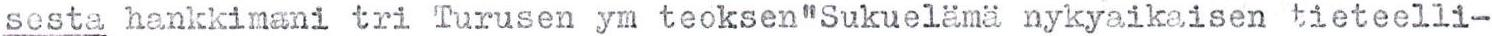
sesta hankkimani tri Turusen ym teoksen "Sukuelämä nykyaikaisen tieteelli-